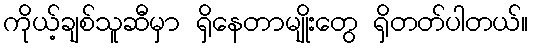
ကိုယ့်ချစ်သူဆီမှာ ရှိနေတာမျိုးတွေ ရှိတတ်ပါတယ်။